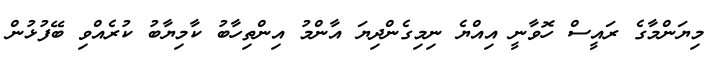
މިޔަންމާގެ ރައީސް ހޮވާނީ އިއްޔެ ނިމިގެންދިޔަ އާންމު އިންތިހާބު ކާމިޔާބު ކުރެއްވި ބޭފުޅުން